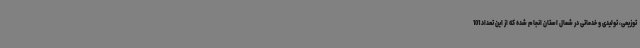
توزیعی، تولیدی و خدماتی در شمال استان انجام شده که از این تعداد 101